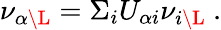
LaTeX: \nu_{\alpha{\L}}=\Sigma_{i}U_{\alpha{i}}\nu_{i{\L}}\ .